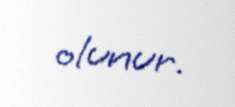
olunur.